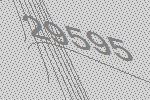
29595